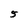
Character: 5